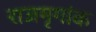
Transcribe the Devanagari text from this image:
राजमृगांक